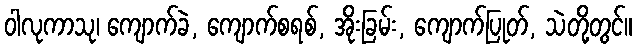
ဝါလုကာသု၊ ကျောက်ခဲ, ကျောက်စရစ်, အိုးခြမ်း, ကျောက်ပြုတ်, သဲတို့တွင်။